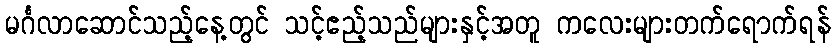
မင်္ဂလာဆောင်သည့်နေ့တွင် သင့်ဧည့်သည်များနှင့်အတူ ကလေးများတက်ရောက်ရန်